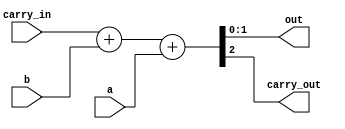
// Solucao do exercicio 2. Somador completo.
module exercise2 (
  input[1:0] a,
  input[1:0] b,
  input carry_in,
  output[1:0] out,
  output carry_out
);

assign {carry_out, out} = carry_in + b + a;
   
endmodule